Civil Veterinary Dept. Assam report 1927-50 - 1927-1950
Year: 1927
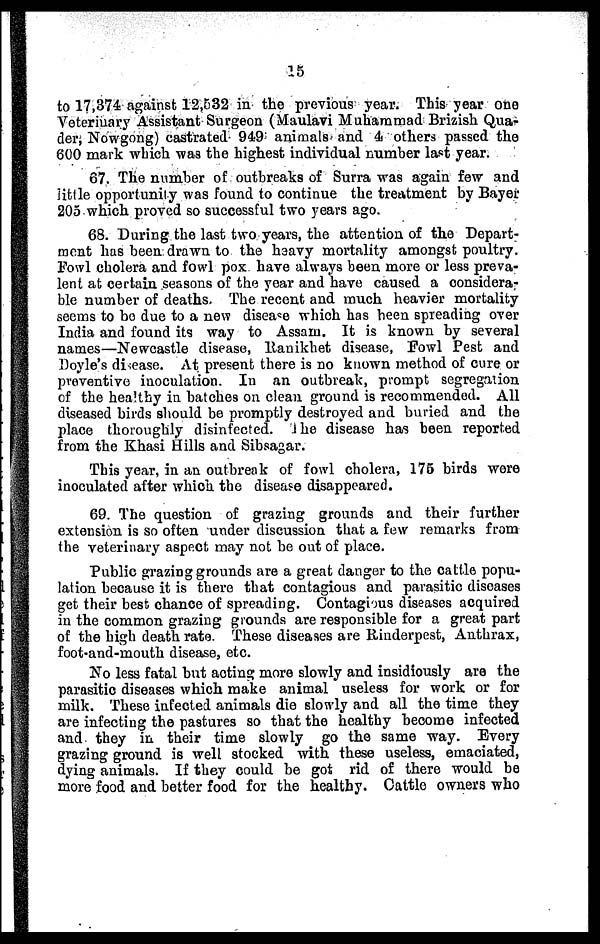
15
to 17,374 against 12,532 in the previous year. This year one
Veterinary Assistant Surgeon (Maulavi Muhammad Brizish Qua-
der, Nowgong) castrated 949 animals and 4 others passed the
600 mark which wa3 the highest individual number last year.
67. The number of outbreaks of Surra was again few and
little opportunity was found to continue the treatment by Bayer
205 which proved so successful two years ago.
68. During the last two years, the attention of the Depart-
ment has been drawn to the heavy mortality amongst poultry.
Fowl cholera and fowl pox have always been more or less preva-
lent at certain seasons of the year and have caused a considera-
ble number of deaths. The recent and much heavier mortality
seems to ho due to a new disease which has been spreading over
India and found its way to Assam. It is known by several
names—Newcastle disease, Ranikhet disease, Fowl Pest and
Doyle's disease. At present there is no known method of cure or
Preventive inoculation. In an outbreak, prompt segregation
of the healthy in batches on clean ground is recommended. All
diseased birds should be promptly destroyed and buried and the
place thoroughly disinfected, the disease has been reported
from the Khasi Hills and Sibsagar.
This year, in an outbreak of fowl cholera, 175 birds were
inoculated after which the disease disappeared.
69. The question of grazing grounds and their further
extension is so often under discussion that a few remarks from
the veterinary aspect may not be out of place.
Public grazing grounds are a great danger to the cattle popu-
lation because it is there that contagious and parasitic diseases
get their best chance of spreading. Contagious diseases acquired
in the common grazing grounds are responsible for a great part
of the high death rate. These diseases are Rinderpest, Anthrax,
foot-and-mouth disease, etc.
No less fatal but acting more slowly and insidiously are the
parasitic diseases which make animal useless for work or for
milk. These infected animals die slowly and all the time they
are infecting the pastures so that the healthy become infected
and they in their time slowly go the same way. Every
grazing ground is well stocked with these useless, emaciated,
dying animals. If they could be got rid of there would be
more food and better food for the healthy. Cattle owners who